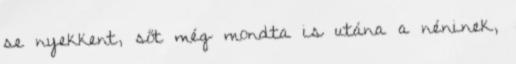
se nyekkent, sőt még mondta is utána a néninek,